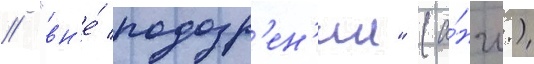
// "вн'е́ подозр'ен'ии" (а́нгл.)